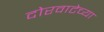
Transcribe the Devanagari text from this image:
दोरवाटेच्या